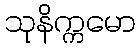
သုနိက္ကမော